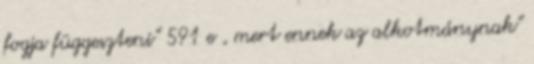
fogja függeszteni” 591 e , mert ennek az alkotmánynak”